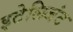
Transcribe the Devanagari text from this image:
इटेलिजंट